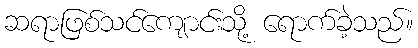
ဆရာဖြစ်သင်ကျောင်းသို့ ရောက်ခဲ့သည်။